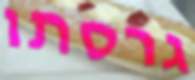
גרסתו